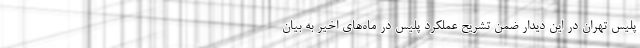
پلیس تهران در این دیدار ضمن تشریح عملکرد پلیس در ماه‌های اخیر به بیان